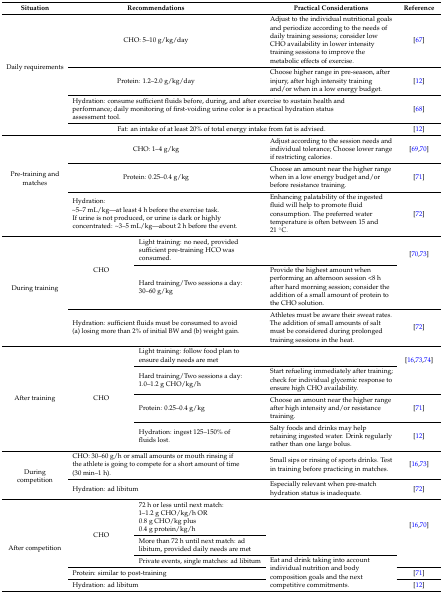
<table><thead><tr><td><b>Situation</b></td><td colspan="2"><b>Recommendations</b></td><td><b>Practical Considerations</b></td><td><b>Reference</b></td></tr></thead><tbody><tr><td rowspan="4">Daily requirements</td><td colspan="2">CHO: 5–10 g/kg/day</td><td>Adjust to the individual nutritional goals and periodize according to the needs of daily training sessions; consider low CHO availability in lower intensity training sessions to improve the metabolic effects of exercise.</td><td>[67]</td></tr><tr><td colspan="2">Protein: 1.2–2.0 g/kg/day</td><td>Choose higher range in pre-season, after injury, after high intensity training and/or when in a low energy budget.</td><td>[12]</td></tr><tr><td colspan="3">Hydration: consume sufficient fluids before, during, and after exercise to sustain health and performance; daily monitoring of first-voiding urine color is a practical hydration status assessment tool.</td><td>[68]</td></tr><tr><td colspan="3">Fat: an intake of at least 20% of total energy intake from fat is advised.</td><td>[12]</td></tr><tr><td rowspan="3">Pre-training and matches</td><td colspan="2">CHO: 1–4 g/kg</td><td>Adjust according to the session needs and individual tolerance; Choose lower range if restricting calories.</td><td>[69,70]</td></tr><tr><td colspan="2">Protein: 0.25–0.4 g/kg</td><td>Choose an amount near the higher range when in a low energy budget and/or before resistance training.</td><td>[71]</td></tr><tr><td colspan="2">Hydration:~5–7 mL/kg—at least 4 h before the exercise task.If urine is not produced, or urine is dark or highly concentrated: ~3–5 mL/kg—about 2 h before the event.</td><td>Enhancing palatability of the ingested fluid will help to promote fluid consumption. The preferred water temperature is often between 15 and 21 °C.</td><td>[72]</td></tr><tr><td rowspan="3">During training</td><td rowspan="2">CHO</td><td>Light training: no need, provided sufficient pre-training HCO was consumed.</td><td></td><td rowspan="2">[70,73]</td></tr><tr><td>Hard training/Two sessions a day: 30–60 g/kg</td><td>Provide the highest amount when performing an afternoon session &lt;8 h after hard morning session; consider the addition of a small amount of protein to the CHO solution.</td></tr><tr><td colspan="2">Hydration: sufficient fluids must be consumed to avoid (a) losing more than 2% of initial BW and (b) weight gain.</td><td>Athletes must be aware their sweat rates. The addition of small amounts of salt must be considered during prolonged training sessions in the heat.</td><td>[72]</td></tr><tr><td rowspan="4">After training</td><td rowspan="4">CHO</td><td>Light training: follow food plan to ensure daily needs are met</td><td></td><td rowspan="2">[16,73,74] </td></tr><tr><td>Hard training/Two sessions a day: 1.0–1.2 g CHO/kg/h</td><td>Start refueling immediately after training; check for individual glycemic response to ensure high CHO availability.</td></tr><tr><td>Protein: 0.25–0.4 g/kg</td><td>Choose an amount near the higher range after high intensity and/or resistance training.</td><td>[71]</td></tr><tr><td>Hydration: ingest 125–150% of fluids lost.</td><td>Salty foods and drinks may help retaining ingested water. Drink regularly rather than one large bolus.</td><td>[12]</td></tr><tr><td rowspan="2">During competition</td><td colspan="2">CHO: 30–60 g/h or small amounts or mouth rinsing if the athlete is going to compete for a short amount of time (30 min–1 h).</td><td>Small sips or rinsing of sports drinks. Test in training before practicing in matches.</td><td>[16,73]</td></tr><tr><td colspan="2">Hydration: ad libitum</td><td>Especially relevant when pre-match hydration status is inadequate.</td><td>[72]</td></tr><tr><td rowspan="5">After competition</td><td rowspan="3">CHO</td><td>72 h or less until next match: 1–1.2 g CHO/kg/h OR 0.8 g CHO/kg plus 0.4 g protein/kg/h</td><td rowspan="2"></td><td rowspan="3">[16,70]</td></tr><tr><td>More than 72 h until next match: ad libitum, provided daily needs are met</td></tr><tr><td>Private events, single matches: ad libitum</td><td rowspan="3">Eat and drink taking into account individual nutrition and body composition goals and the next competitive commitments.</td></tr><tr><td colspan="2">Protein: similar to post-training</td><td>[71]</td></tr><tr><td colspan="2">Hydration: ad libitum</td><td>[12]</td></tr></tbody></table>